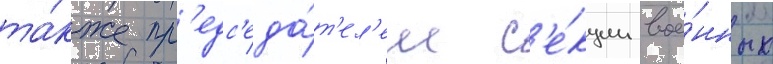
та́кже пр'едс'еда́т'ел'ем с'е́кции вое́нных